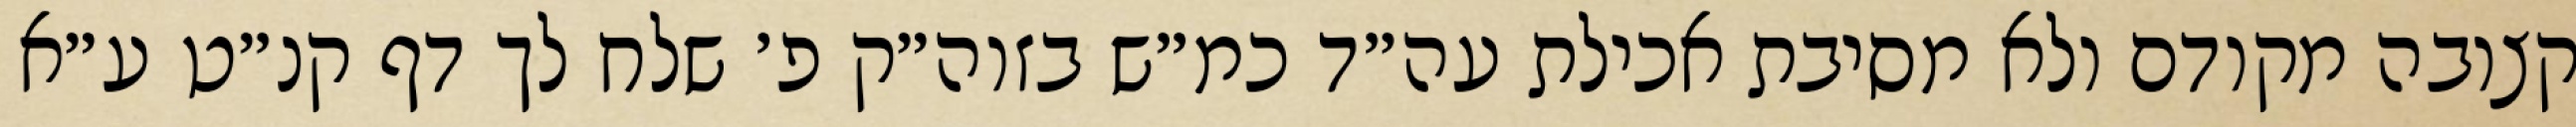
קצובה מקודם ולא מסיבת אכילת עה״ד כמ״ש בזוה״ק פ׳ שלח לך דף קנ״ט ע״א